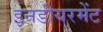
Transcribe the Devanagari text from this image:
इनडीयरमेंट